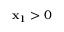
\mathbf { x } _ { 1 } > 0